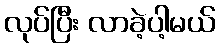
လုပ်ပြီး လာခဲ့ပါ့မယ်